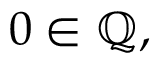
0 \in \mathbb { Q } ,